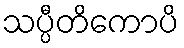
သပ္ပီတိကောပိ